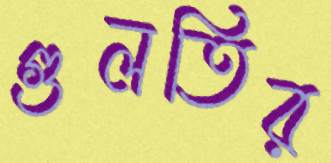
গুলতির